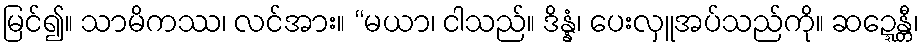
မြင်၍။ သာမိကဿ၊ လင်အား။ “မယာ၊ ငါသည်။ ဒိန္နံ၊ ပေးလှူအပ်သည်ကို။ ဆဍ္ဍေန္တီ၊